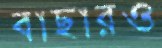
বাছারও